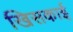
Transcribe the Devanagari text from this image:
खिसकाई